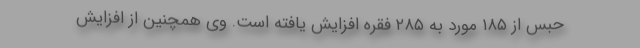
حبس از ۱۸۵ مورد به ۲۸۵ فقره افزایش یافته است. وی همچنین از افزایش